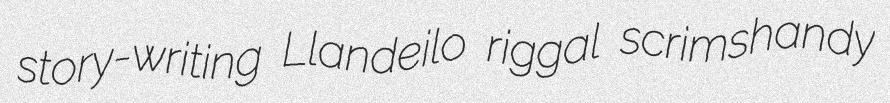
story-writing Llandeilo riggal scrimshandy